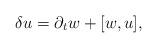
LaTeX: \begin{align*}\delta u = \partial_t w + [w, u],\end{align*}